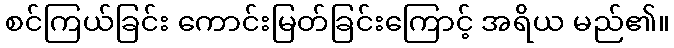
စင်ကြယ်ခြင်း ကောင်းမြတ်ခြင်းကြောင့် အရိယ မည်၏။